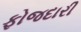
ફોજદારી